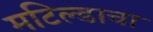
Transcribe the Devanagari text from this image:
मटिल्डाचा